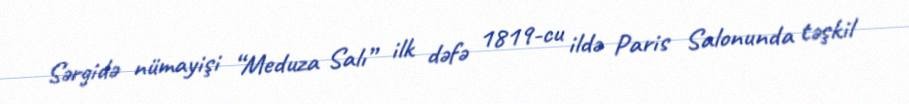
Sərgidə nümayişi “Meduza Salı” ilk dəfə 1819-cu ildə Paris Salonunda təşkil